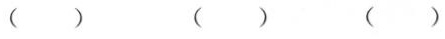
( ) ( ) ( )